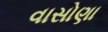
વાસોણા